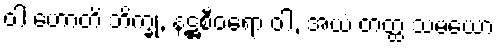
ဝါ ဟောတိ ဘိက္ခု, နဋ္ဌစီဝရော ဝါ, အယံ တတ္ထ သမယော